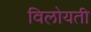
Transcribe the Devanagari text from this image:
विलोयती